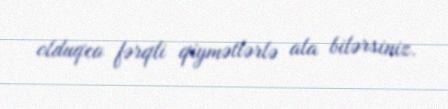
olduqca fərqli qiymətlərlə ala bilərsiniz.